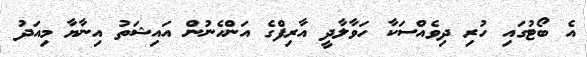
އެ ބޯޓުގައި ހުރި ދިވެއްސަކާ ހަވާލާދީ އާރިފްގެ އަންހެނުން އައިޝަތު އިނާޔާ މިއަދު